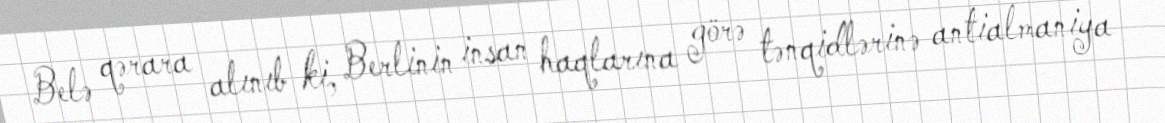
Belə qərara alınıb ki, Berlinin insan haqlarına görə tənqidlərinə antialmaniya